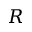
R